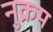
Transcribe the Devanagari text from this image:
नुक्रम